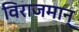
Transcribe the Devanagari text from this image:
विराजमान्